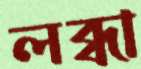
লব্ধা